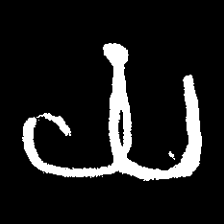
Pyu character \u2014 Myanmar letter: ယ (romanized: ya)